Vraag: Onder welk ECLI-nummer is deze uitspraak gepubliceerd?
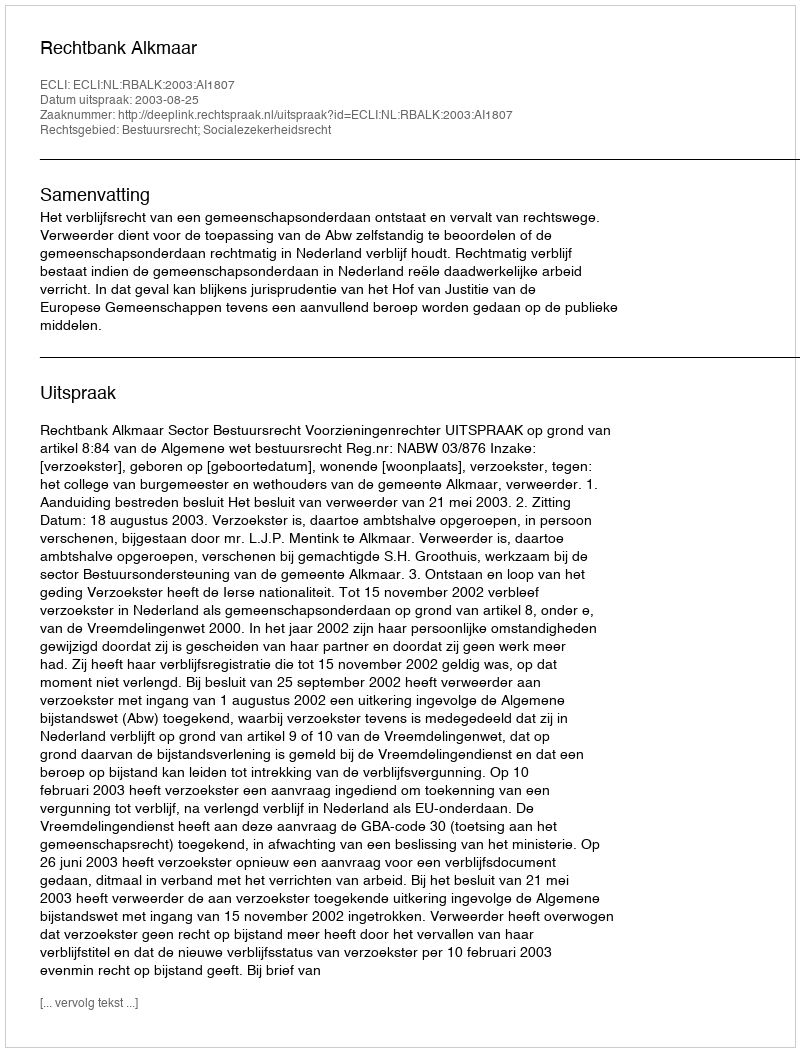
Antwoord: ECLI:NL:RBALK:2003:AI1807